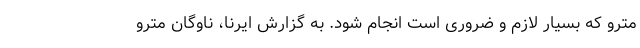
مترو که بسیار لازم و ضروری است انجام شود. به گزارش ایرنا، ناوگان مترو